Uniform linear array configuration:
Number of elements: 64
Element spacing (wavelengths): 0.25
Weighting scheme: blackman
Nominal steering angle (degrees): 45
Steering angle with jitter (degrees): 46.519
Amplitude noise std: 0.05
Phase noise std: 0.05

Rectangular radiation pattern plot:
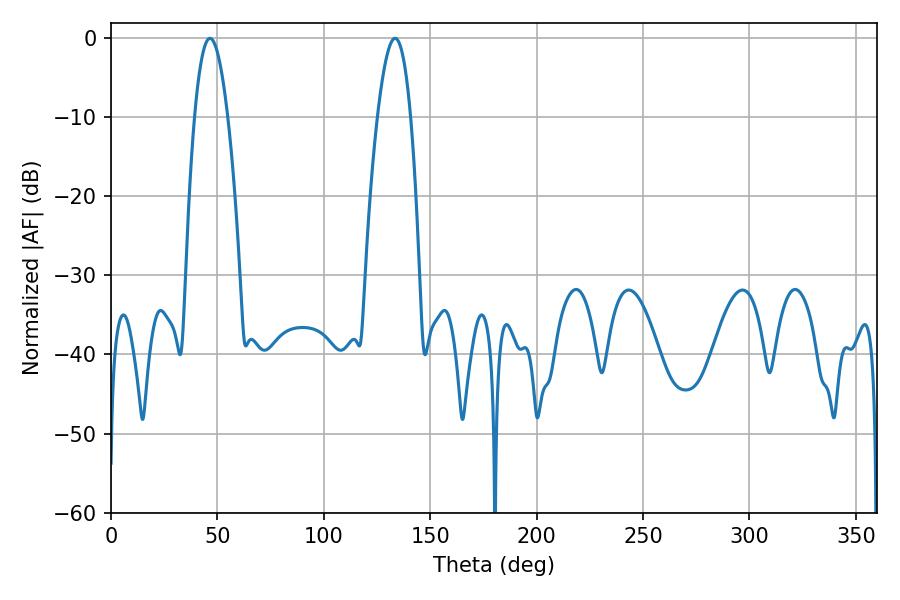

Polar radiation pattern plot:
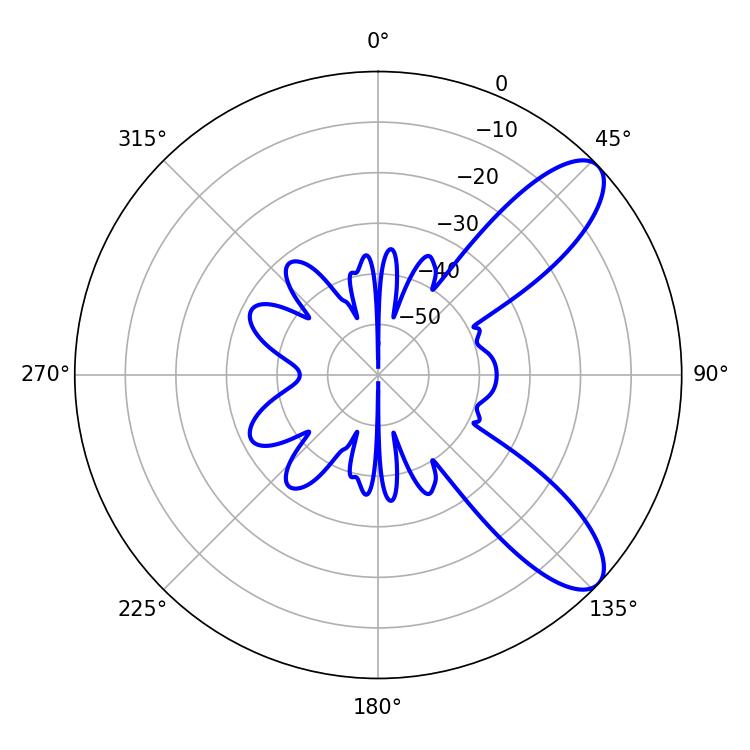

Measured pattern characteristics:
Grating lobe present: FALSE
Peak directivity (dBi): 9.321
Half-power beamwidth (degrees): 8.46
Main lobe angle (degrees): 46.44